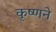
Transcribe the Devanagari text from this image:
कृष्‍णने